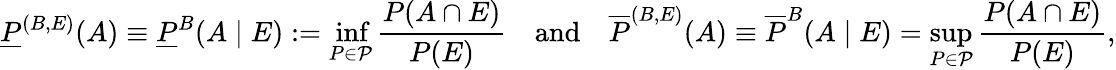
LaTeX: \underline{{P}}^{(B,E)}(A)\equiv\underline{{P}}^{B}(A\mid E):=\operatorname*{inf}_{P\in\mathcal{P}}\frac{P(A\cap E)}{P(E)}\quad\mathrm{and}\quad\overline{{P}}^{(B,E)}(A)\equiv\overline{{P}}^{B}(A\mid E)=\operatorname*{sup}_{P\in\mathcal{P}}\frac{P(A\cap E)}{P(E)},